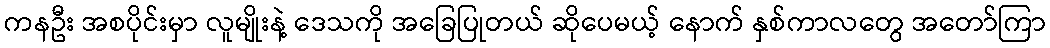
ကနဦး အစပိုင်းမှာ လူမျိုးနဲ့ ဒေသကို အခြေပြုတယ် ဆိုပေမယ့် နောက် နှစ်ကာလတွေ အတော်ကြာ